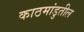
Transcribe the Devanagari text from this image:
काठमांडुतील